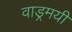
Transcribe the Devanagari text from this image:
वाड्रमयी